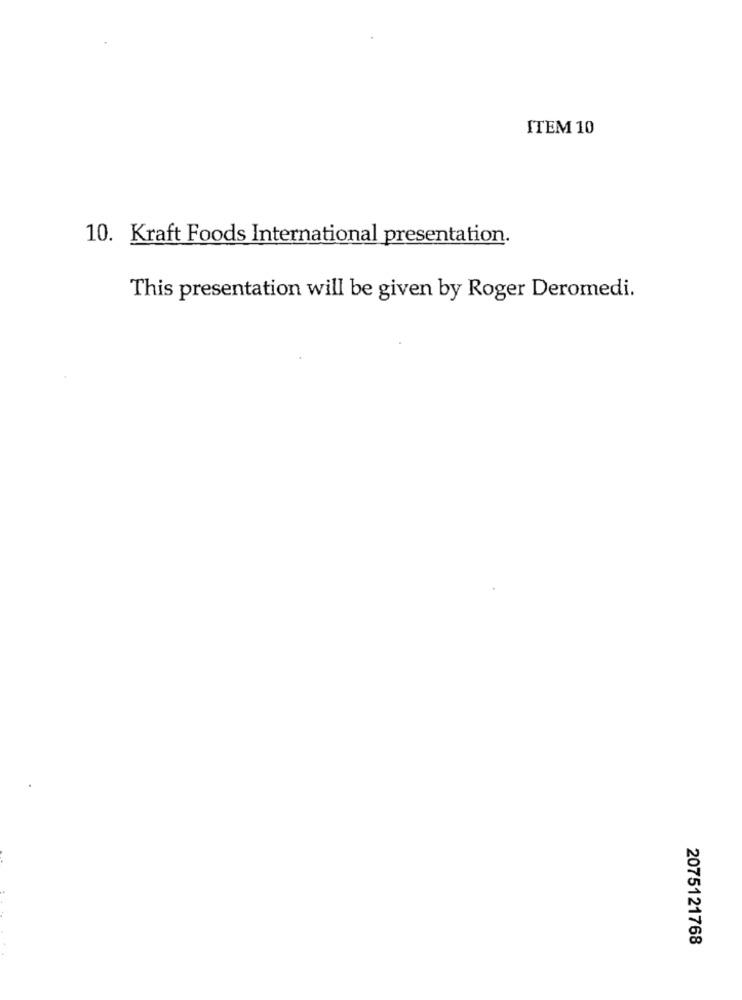
ITEM 10
10. Kraft Foods International presentation.
This presentation will be given by Roger Deromedi.
2075121768